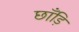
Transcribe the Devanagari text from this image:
छाँड़ि